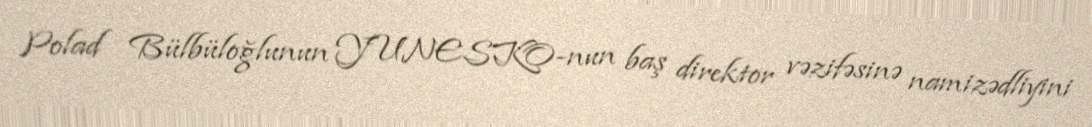
Polad Bülbüloğlunun YUNESKO-nun baş direktor vəzifəsinə namizədliyini